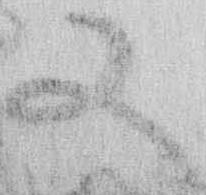
又